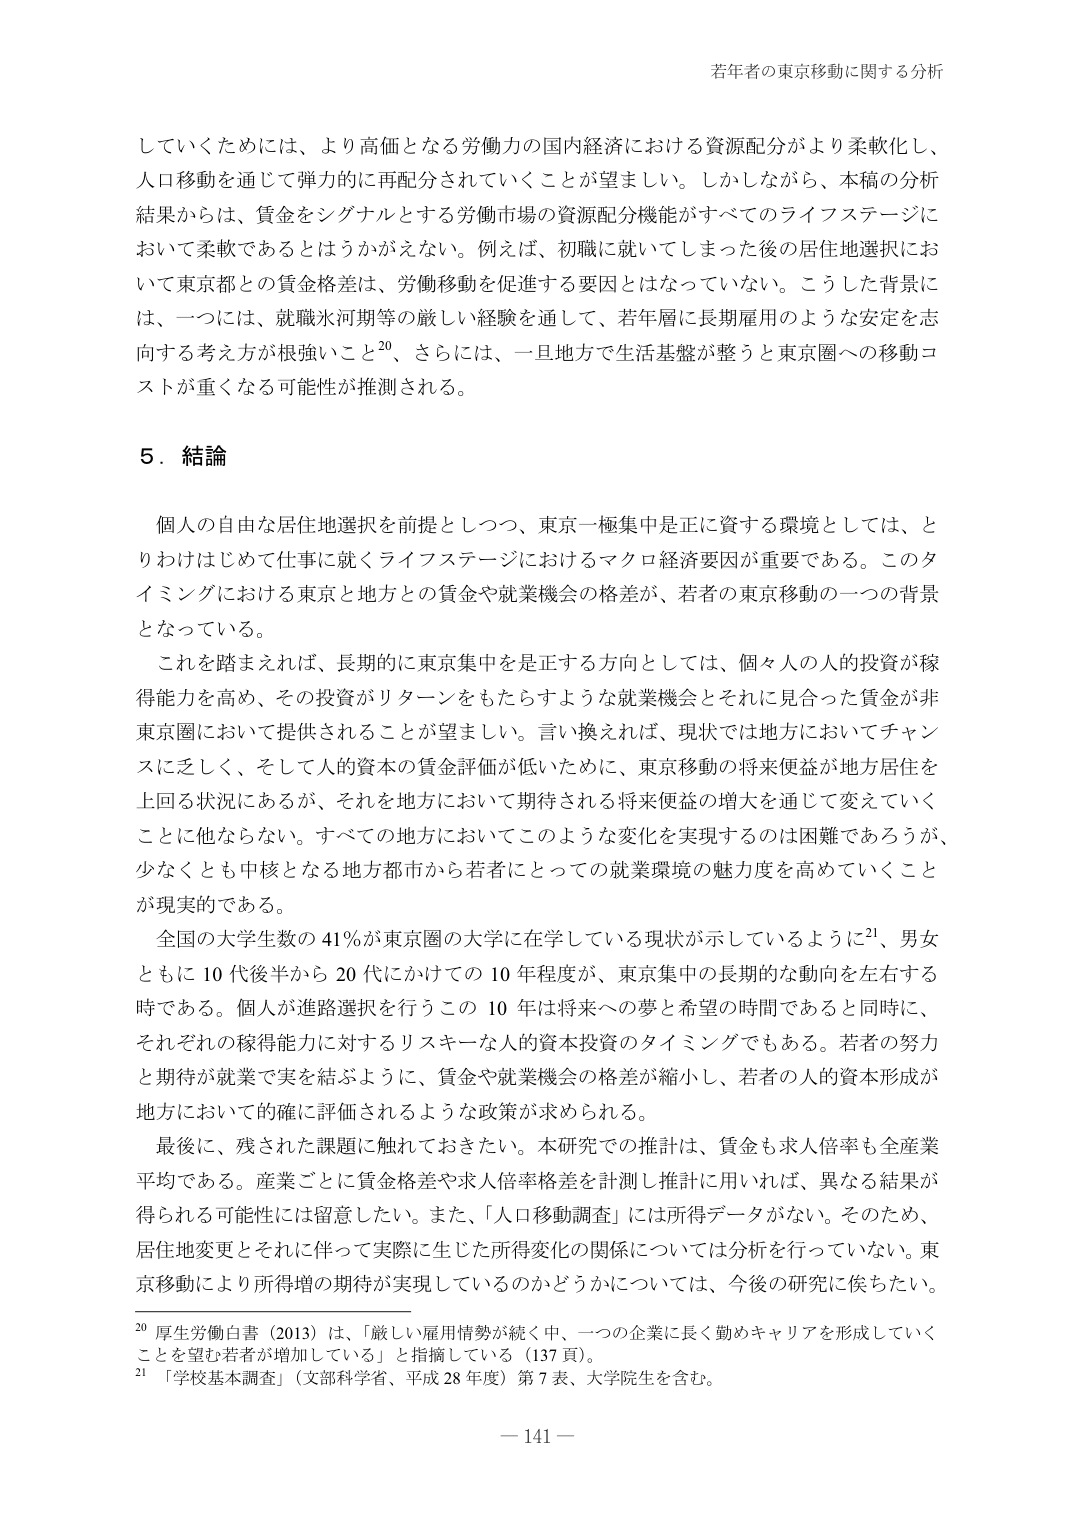
若年者の東京移動に関する分析

していくためには、より高価となる労働力の国内経済における資源配分がより柔軟化し、
人口移動を通じて弾力的に再配分されていくことが望ましい。しかしながら、本稿の分析
結果からは、賃金をシグナルとする労働市場の資源配分機能がすべてのライフステージに
おいて柔軟であるとはうかがえない。例えば、初職に就いてしまった後の居住地選択にお
いて東京都との賃金格差は、労働移動を促進する要因とはなっていない。こうした背景に
は、一つには、就職氷河期等の厳しい経験を通じて、若年層に長期雇用のような安定を志
向する考え方が根強いこと20、さらには、一旦地方で生活基盤が整うと東京へへの移動コ
ストが重くなる可能性が推測される。

5．結論

個人の自由な居住地選択を前提としつつ、東京一極集中は正に資する環境としては、と
りわけはじめて仕事に就くライフステージにおけるマクロ経済要因が重要である。このタ
イミングにおける東京と地方との賃金や就業機会の格差が、若者の東京移動の一つの背景
となっている。

これを踏まえれば、長期的に東京集中を是正する方向としては、個々人の人的投資が稼
得能力を高め、その投資がリターンをもたらすような就業機会とそれに見合った賃金が非
東京圏において提供されることが望ましい。言い換えれば、現状では地方においてチャン
スに乏しく、そして人的資本の賃金評価が低いために、東京移動の将来便益が地方居住を
上回る状況にあるが、それを地方において期待される将来便益の増大を通じて変えていく
ことに他ならない。すべての地方においてこのような変化を実現するのは困難であろうが、
少なくとも中核となる地方都市から若者にとっての就業環境の魅力度を高めていくこと
が現実的である。

全国の大学生数の41％が東京圏の大学に在学している現状が示しているように21、男女
ともに10代後半から20代にかけての10年程度が、東京集中の長期的な動向を左右する
時である。個人が進路選択を行うこの10年は将来への夢と希望の時間であると同時に、
それぞれの稼得能力に対するリスキーな人的資本投資のタイミングでもある。若者の努力
と期待が就業で実を結ぶように、賃金や就業機会の格差が縮小し、若者の人的資本形成が
地方において的確に評価されるような政策が求められる。

最後に、残された課題に触れておきたい。本研究での推計は、賃金も求人倍率も全産業
平均である。産業ごとに賃金格差や求人倍率格差を計測し推計に用いれば、異なる結果が
得られる可能性には留意したい。また、「人口移動調査」には所得データがない。そのため、
居住地変更とそれに伴って実際に生じた所得変化の関係については分析を行っていない。東
京移動により所得増の期待が実現しているのかどうかについては、今後の研究に俟ちたい。

20 厚生労働白書（2013）は、「厳しい雇用情勢が続く中、一つの企業に長く勤めキャリアを形成していく
ことを望む若者が増加している」と指摘している（137頁）。
21 「学校基本調査」（文部科学省、平成28年度）第7表、大学生を含む。

－141－